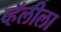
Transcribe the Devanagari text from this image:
व्हॅलीला